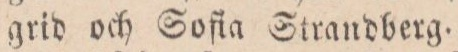
grid och Soſia Strandberg.